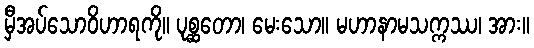
မှီအပ်သောဝိဟာရကို။ ပုစ္ဆတော၊ မေးသော။ မဟာနာမသက္ကဿ၊ အား။